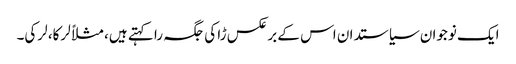
ایک نوجوان سیاستدان اس کے برعکس ڑا کی جگہ را کہتے ہیں، مثلاً لرکا، لرکی۔